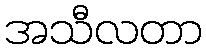
အသီလတာ